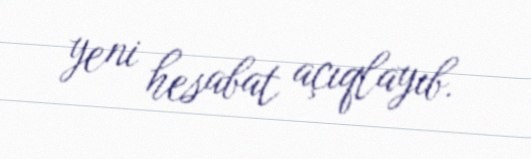
yeni hesabat açıqlayıb.